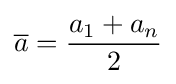
{\overline {a}}={\frac {a_{1}+a_{n}}{2}}